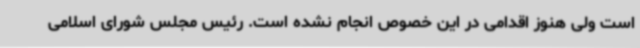
است ولی هنوز اقدامی در این خصوص انجام نشده است. رئیس مجلس شورای اسلامی